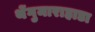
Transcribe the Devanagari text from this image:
थेंगुमाराहाडा